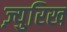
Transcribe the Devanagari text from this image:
ज़्युरिख